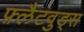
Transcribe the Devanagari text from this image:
फ़्लैटवुड्स